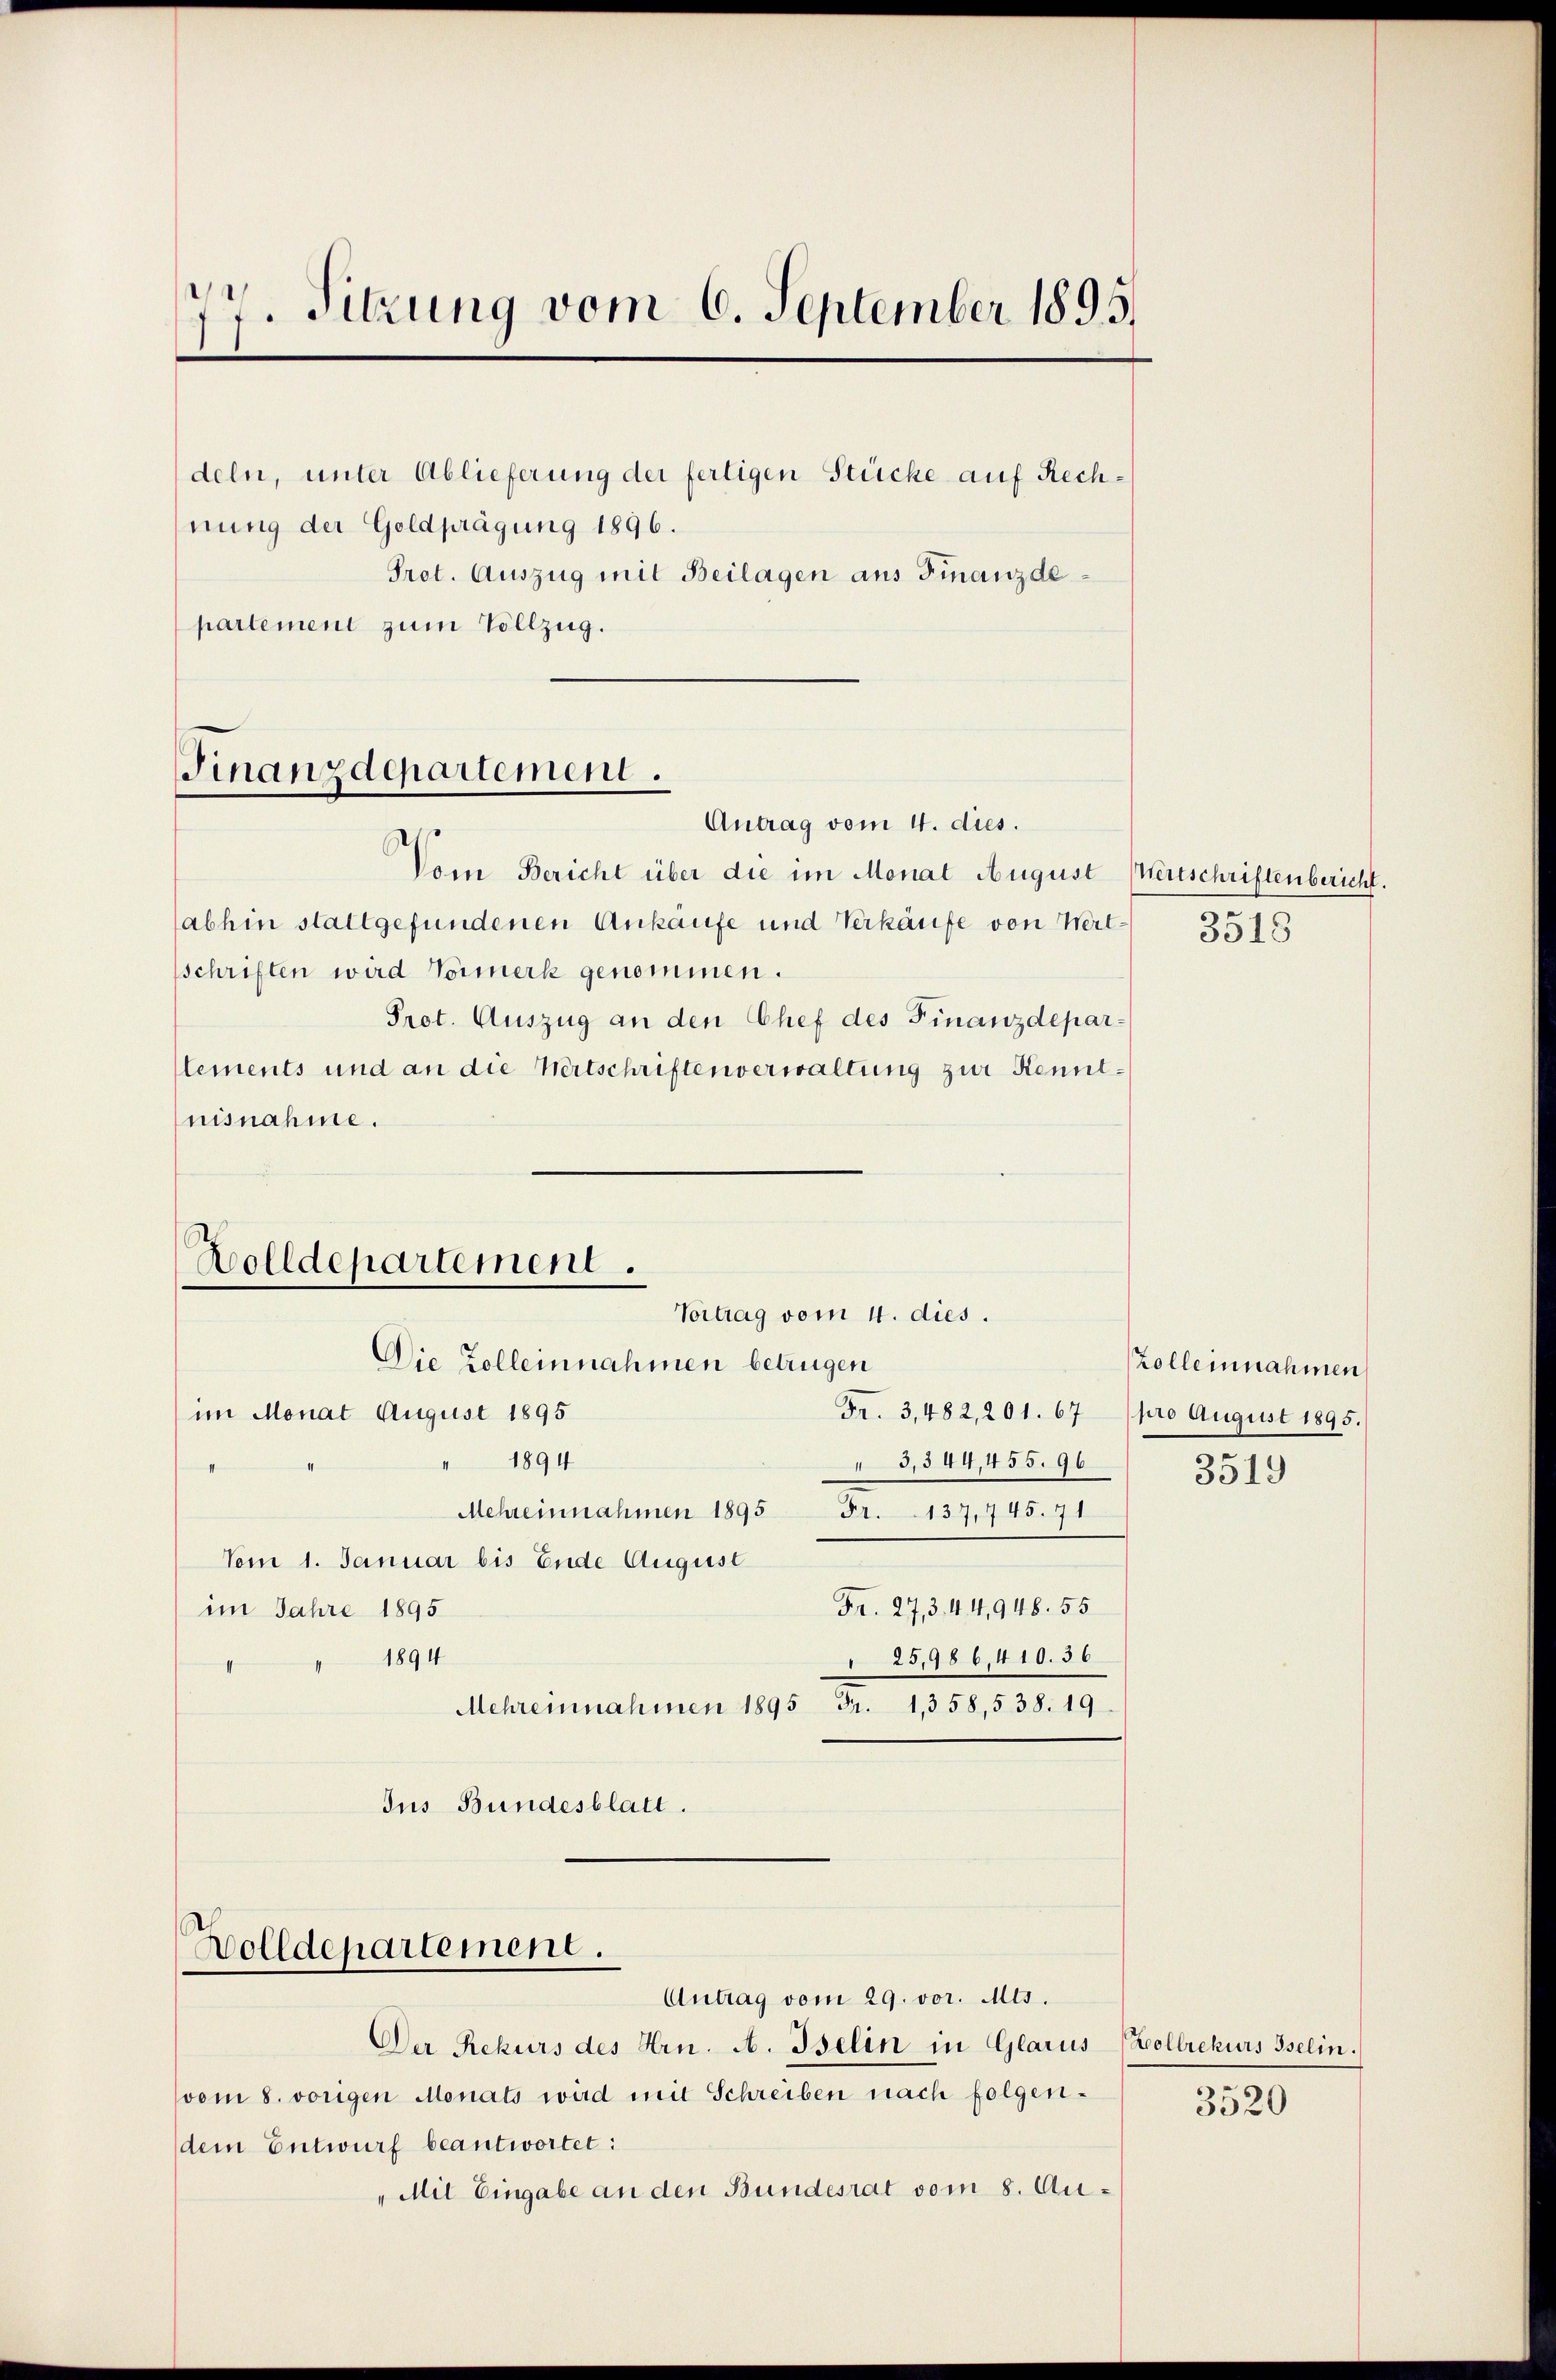
77. Sitzung vom 6. September 1895.

deln, unter Ablieferung der fertigen Stücke auf Rechnung der Goldprägung 1896.
partement zum Vollzug.

Finanzdepartement.

Antrag vom 4. dies.
Vom Bericht über die im Monat August Menschriftenbericht.
abhin stattgefundenen Ankäufe und Verkäufe von Wert. 3515
schriften wird Vormerk genommen.
Pret. Auszug an den Chef des Finanzdeparlements und an die Wertschriften verwaltung zur Kenntnisnahme.
Vortrag vom 4. dies.
Die Zolleinnahmen betrügen
im Monat August 1895
Fr. 3,482, 201. 67 (pro August 1895.
" 1894
3,344,455. 96
Mehreinnahmen 1895 Fr. 137, 445. 71
Vom 1. Januar bis Ende August
Fr. 27,3.44,948. 55
im Jahre 1895
1894
" 25,986 410. 36
f
Schreinnahmen 1890 Fr. 1838,034. 19.
Jus Bundesblatt.

Rolldepartement.

Wolldepartement.

Prot. Auszug mit Beilagen aus Finanzde

Antrag vom 29. vor. Mts.
Der Rekurs des Hrn. A. Bselin in Glarus Zollrekurs Iselin.
vom 8. vorigen Monats wird mit Schreiben nach folgendem Entwurf beantwortet:
„Mit Eingabe an den Bundesrat vom 8. Au¬

rolleinnahmen

3519

3520